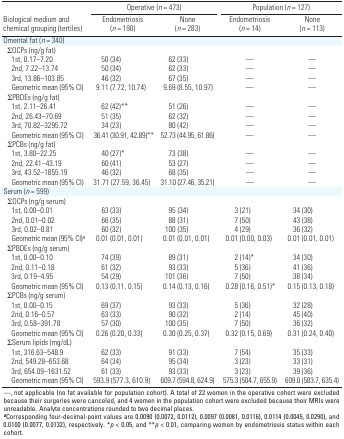
<table><thead><tr><td colspan="3"><b>Operative (n = 473)</b></td><td colspan="3"><b>Population (n = 127)</b></td></tr><tr><td><b>Biological medium and chemical grouping (tertiles)</b></td><td><b>Endometriosis (n = 190)</b></td><td><b>None (n = 283)</b></td><td><b>Endometriosis (n = 14)</b></td><td><b>None (n = 113)</b></td></tr></thead><tbody><tr><td>Omental fat (n = 340)</td><td></td><td></td><td></td><td></td><td></td><td></td><td></td><td></td></tr><tr><td>ΣOCPs (ng/g fat)</td><td></td><td></td><td></td><td></td><td></td><td></td><td></td><td></td></tr><tr><td>1st, 0.17–7.20</td><td></td><td>50 (34)</td><td></td><td>62 (33)</td><td></td><td>—</td><td></td><td>—</td></tr><tr><td>2nd, 7.22–13.74</td><td></td><td>50 (34)</td><td></td><td>62 (33)</td><td></td><td>—</td><td></td><td>—</td></tr><tr><td>3rd, 13.86–103.85</td><td></td><td>46 (32)</td><td></td><td>67 (35)</td><td></td><td>—</td><td></td><td>—</td></tr><tr><td>Geometric mean (95% CI)</td><td></td><td>9.11 (7.72, 10.74)</td><td></td><td>9.69 (8.55, 10.97)</td><td></td><td>—</td><td></td><td>—</td></tr><tr><td>ΣPBDEs (ng/g fat)</td><td></td><td></td><td></td><td></td><td></td><td></td><td></td><td></td></tr><tr><td>1st, 2.11–26.41</td><td></td><td>62 (42)**</td><td></td><td>51 (26)</td><td></td><td>—</td><td></td><td>—</td></tr><tr><td>2nd, 26.43–70.69</td><td></td><td>51 (35)</td><td></td><td>62 (32)</td><td></td><td>—</td><td></td><td>—</td></tr><tr><td>3rd, 70.82–3295.72</td><td></td><td>34 (23)</td><td></td><td>80 (42)</td><td></td><td>—</td><td></td><td>—</td></tr><tr><td>Geometric mean (95% CI)</td><td></td><td colspan="2">36.41 (30.91, 42.89)**</td><td>52.73 (44.95, 61.86)</td><td></td><td>—</td><td></td><td>—</td></tr><tr><td>ΣPCBs (ng/g fat)</td><td></td><td></td><td></td><td></td><td></td><td></td><td></td><td></td></tr><tr><td>1st, 3.80–22.25</td><td></td><td>40 (27)*</td><td></td><td>73 (38)</td><td></td><td>—</td><td></td><td>—</td></tr><tr><td>2nd, 22.41–43.19</td><td></td><td>60 (41)</td><td></td><td>53 (27)</td><td></td><td>—</td><td></td><td>—</td></tr><tr><td>3rd, 43.52–1855.19</td><td></td><td>46 (32)</td><td></td><td>68 (35)</td><td></td><td>—</td><td></td><td>—</td></tr><tr><td>Geometric mean (95% CI)</td><td></td><td>31.71 (27.59, 36.45)</td><td></td><td>31.10 (27.46, 35.21)</td><td></td><td>—</td><td></td><td>—</td></tr><tr><td>Serum (n = 599)</td><td></td><td></td><td></td><td></td><td></td><td></td><td></td><td></td></tr><tr><td>ΣOCPs (ng/g serum)</td><td></td><td></td><td></td><td></td><td></td><td></td><td></td><td></td></tr><tr><td>1st, 0.00–0.01</td><td></td><td>63 (33)</td><td></td><td>95 (34)</td><td></td><td>3 (21)</td><td></td><td>34 (30)</td></tr><tr><td>2nd, 0.01–0.02</td><td></td><td>66 (35)</td><td></td><td>88 (31)</td><td></td><td>7 (50)</td><td></td><td>43 (38)</td></tr><tr><td>3rd, 0.02–0.81</td><td></td><td>60 (32)</td><td></td><td>100 (35)</td><td></td><td>4 (29)</td><td></td><td>36 (32)</td></tr><tr><td>Geometric mean (95% CI)a</td><td></td><td>0.01 (0.01, 0.01)</td><td></td><td>0.01 (0.01, 0.01)</td><td></td><td>0.01 (0.00, 0.03)</td><td></td><td>0.01 (0.01, 0.01)</td></tr><tr><td>ΣPBDEs (ng/g serum)</td><td></td><td></td><td></td><td></td><td></td><td></td><td></td><td></td></tr><tr><td>1st, 0.00–0.10</td><td></td><td>74 (39)</td><td></td><td>89 (31)</td><td></td><td>2 (14)*</td><td></td><td>34 (30)</td></tr><tr><td>2nd, 0.11–0.18</td><td></td><td>61 (32)</td><td></td><td>93 (33)</td><td></td><td>5 (36)</td><td></td><td>41 (36)</td></tr><tr><td>3rd, 0.19–4.95</td><td></td><td>54 (29)</td><td></td><td>101 (36)</td><td></td><td>7 (50)</td><td></td><td>38 (34)</td></tr><tr><td>Geometric mean (95% CI)</td><td></td><td>0.13 (0.11, 0.15)</td><td></td><td>0.14 (0.13, 0.16)</td><td></td><td>0.28 (0.16, 0.51)*</td><td></td><td>0.15 (0.13, 0.18)</td></tr><tr><td>ΣPCBs (ng/g serum)</td><td></td><td></td><td></td><td></td><td></td><td></td><td></td><td></td></tr><tr><td>1st, 0.00–0.15</td><td></td><td>69 (37)</td><td></td><td>93 (33)</td><td></td><td>5 (36)</td><td></td><td>32 (28)</td></tr><tr><td>2nd, 0.16–0.57</td><td></td><td>63 (33)</td><td></td><td>90 (32)</td><td></td><td>2 (14)</td><td></td><td>45 (40)</td></tr><tr><td>3rd, 0.58–391.78</td><td></td><td>57 (30)</td><td></td><td>100 (35)</td><td></td><td>7 (50)</td><td></td><td>36 (32)</td></tr><tr><td>Geometric mean (95% CI)</td><td></td><td>0.26 (0.20, 0.33)</td><td></td><td>0.30 (0.25, 0.37)</td><td></td><td>0.32 (0.15, 0.69)</td><td></td><td>0.31 (0.24, 0.40)</td></tr><tr><td>ΣSerum lipids (mg/dL)</td><td></td><td></td><td></td><td></td><td></td><td></td><td></td><td></td></tr><tr><td>1st, 316.63–548.9</td><td></td><td>62 (33)</td><td></td><td>91 (33)</td><td></td><td>7 (54)</td><td></td><td>35 (33)</td></tr><tr><td>2nd, 549.28–653.68</td><td></td><td>64 (34)</td><td></td><td>95 (34)</td><td></td><td>3 (23)</td><td></td><td>33 (31)</td></tr><tr><td>3rd, 654.09–1631.52</td><td></td><td>61 (33)</td><td></td><td>93 (33)</td><td></td><td>3 (23)</td><td></td><td>39 (36)</td></tr><tr><td>Geometric mean (95% CI)</td><td></td><td>593.9 (577.3, 610.9)</td><td></td><td>609.7 (594.8, 624.9)</td><td></td><td>575.3 (504.7, 655.9)</td><td></td><td>609.0 (583.7, 635.4)</td></tr><tr><td colspan="9">—, not applicable (no fat available for population cohort).A total of 22 women in the operative cohort were excluded because theirsurgeries were canceled, and 4 women in the population cohort wereexcluded because their MRIs were unreadable. Analyte concentrationsrounded to two decimal places. aCorresponding four-decimal-point valuesare 0.0090 (0.0072, 0.0112), 0.0097 (0.0081, 0.0116), 0.0114 (0.0045,0.0290), and 0.0100 (0.0077, 0.0132), respectively. *p &lt; 0.05, and**p &lt; 0.01, comparing women by endometriosis status within eachcohort.</td></tr></tbody></table>